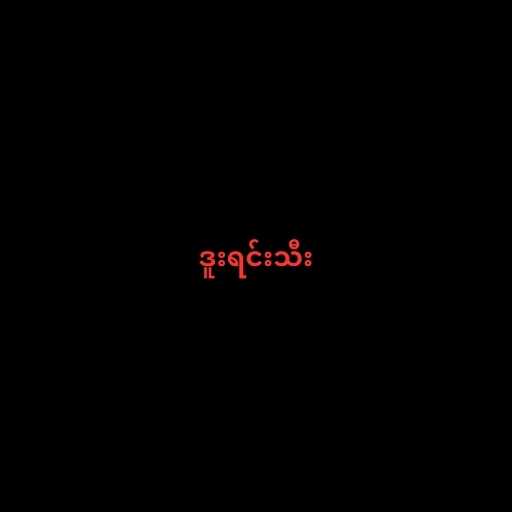
ဒူးရင်းသီး